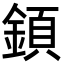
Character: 顉